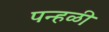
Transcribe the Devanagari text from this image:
पन्हळी